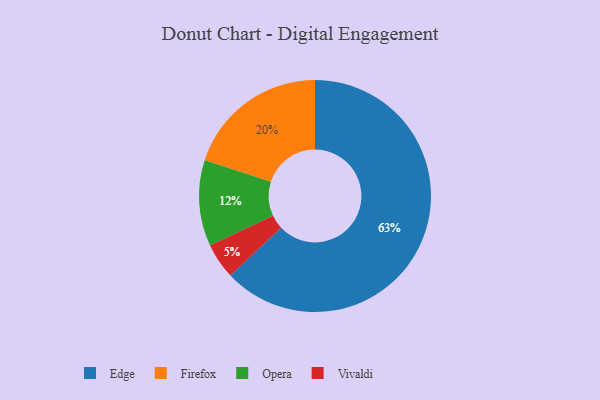
{"axis": {"x": "Category", "y": "Percentage"}, "legend": ["Edge", "Firefox", "Opera", "Vivaldi"], "data": [{"x": "Vivaldi", "y": 5, "type": "Vivaldi"}, {"x": "Firefox", "y": 20, "type": "Firefox"}, {"x": "Opera", "y": 12, "type": "Opera"}, {"x": "Edge", "y": 63, "type": "Edge"}]}